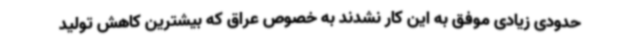
حدودی زیادی موفق به این کار نشدند به خصوص عراق که بیشترین کاهش تولید